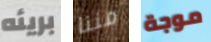
بريئه مننا موجة